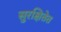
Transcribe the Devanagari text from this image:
सुरक्षितेत